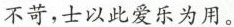
不苛，士以此爱乐为用。